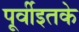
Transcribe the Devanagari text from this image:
पूर्वीइतके